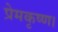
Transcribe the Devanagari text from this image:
प्रेमकृष्ण।